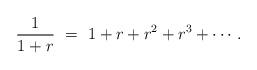
LaTeX: \begin{align*} \frac1{1+r} \ = \ 1 + r + r^2 + r^3 + \cdots.\end{align*}